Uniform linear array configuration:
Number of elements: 8
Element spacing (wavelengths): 1
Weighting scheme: kaiser
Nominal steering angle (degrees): -45
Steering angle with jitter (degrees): -43.372
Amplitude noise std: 0.05
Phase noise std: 0.05

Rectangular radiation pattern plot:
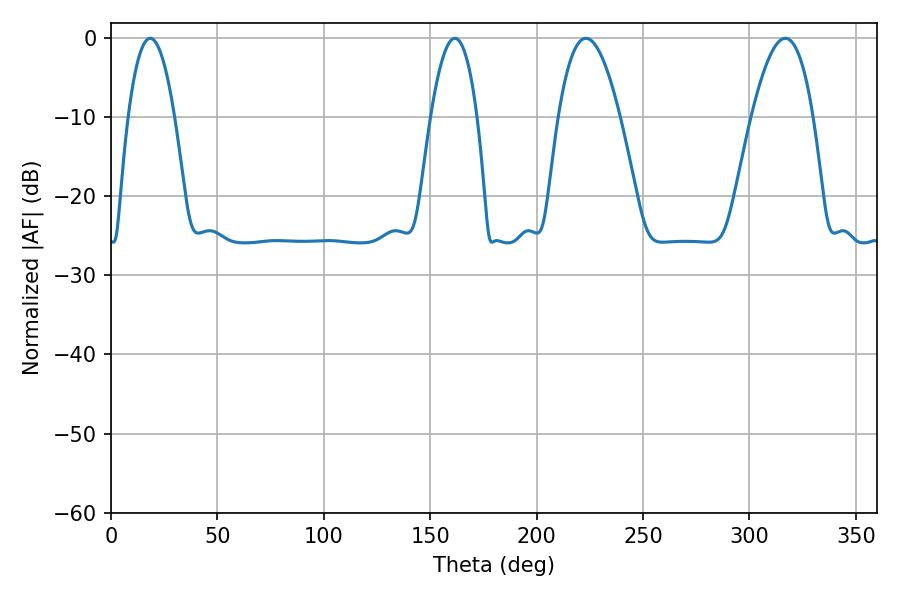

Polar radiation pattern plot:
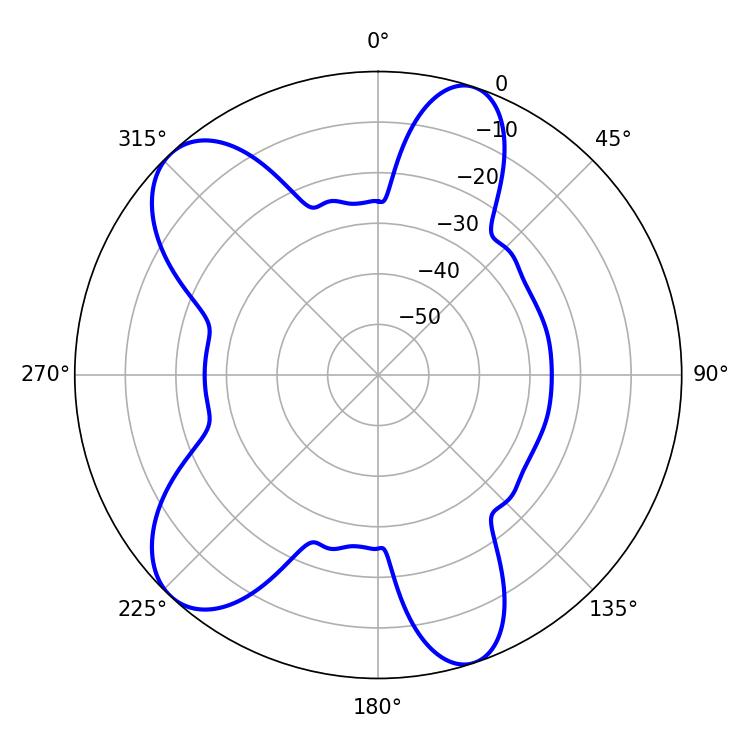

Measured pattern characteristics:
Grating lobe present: TRUE
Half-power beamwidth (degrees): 15.84
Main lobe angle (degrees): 316.8